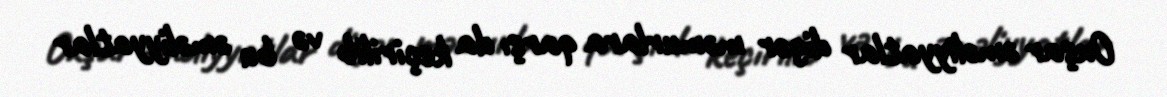
Oxşar əməliyyatlar digər məmurlara qarşı da keçirilib və bu əməliyyatlar